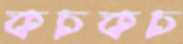
কচকচ